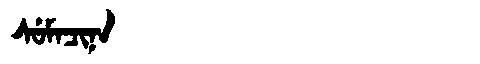
Manchu: ᠰᡠᠮᠠᠴᡳᠨᠠ
Romanization: SUMACINA